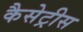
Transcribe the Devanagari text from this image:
कैसेट्रीस